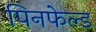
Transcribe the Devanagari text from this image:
पिनफेल्ड